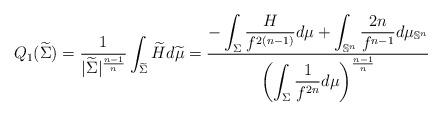
LaTeX: \begin{align*} Q_1(\widetilde{\Sigma}) = \frac{1}{|\widetilde{\Sigma}|^{\frac{n-1}{n}}}\int_{\widetilde{\Sigma}}\widetilde{H}d\widetilde{\mu} = \frac{-\displaystyle\int_{\Sigma}\frac{H}{f^{2(n-1)}}d\mu+\displaystyle\int_{\mathbb{S}^n}\frac{2n}{f^{n-1}}d\mu_{\mathbb{S}^n}}{\left(\displaystyle\int_{\Sigma}\frac{1}{f^{2n}}d\mu\right)^{\frac{n-1}{n}}}\end{align*}